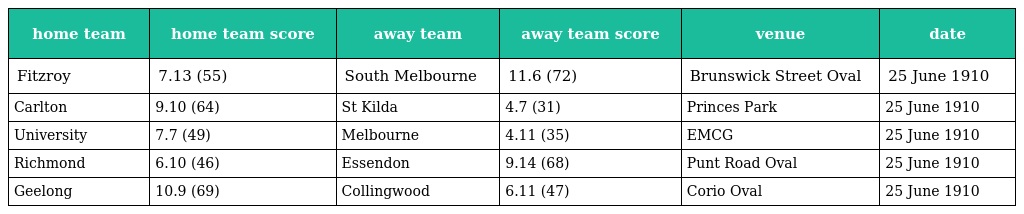
| home team | home team score | away team | away team score | venue | date |
 | --- | --- | --- | --- | --- | --- |
 | Fitzroy | 7.13 (55) | South Melbourne | 11.6 (72) | Brunswick Street Oval | 25 June 1910 |
 | Carlton | 9.10 (64) | St Kilda | 4.7 (31) | Princes Park | 25 June 1910 |
 | University | 7.7 (49) | Melbourne | 4.11 (35) | EMCG | 25 June 1910 |
 | Richmond | 6.10 (46) | Essendon | 9.14 (68) | Punt Road Oval | 25 June 1910 |
 | Geelong | 10.9 (69) | Collingwood | 6.11 (47) | Corio Oval | 25 June 1910 |